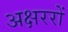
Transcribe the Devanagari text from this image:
अक्षररों